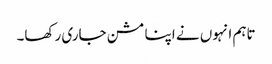
تاہم انہوں نے اپنا مشن جاری رکھا۔